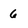
Character: 6